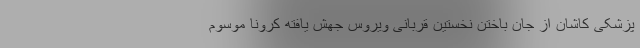
پزشکی کاشان از جان باختن نخستین قربانی ویروس جهش یافته کرونا موسوم